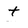
Character: t